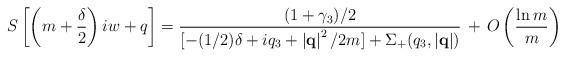
LaTeX: \begin{align*}S\left[\left(m+\frac{\delta}{2}\right)iw+q \right] = \frac{(1+\gamma_3)/2}{ [ -(1/2) \delta+iq_3+ \left|{\bf q}\right|^2 / 2m ] + \Sigma_{+}(q_3,\left|{\bf q}\right|)} \, + \, O\left(\frac{\ln m}{m}\right)\end{align*}